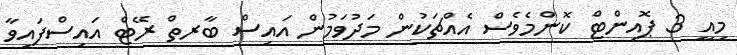
މިއީ 3 ޕޮއިންޓް ކޮންމެވެސް އެއްޗަކުން މަދުވަމުން އައިސް ބާރތް ރޭޓް އައިސްފައިވާ